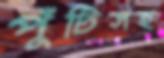
পুঁটিসহ